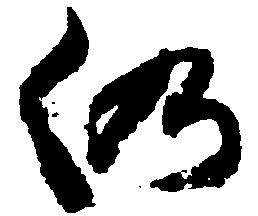
仍